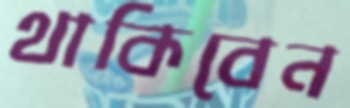
থাকিবেন